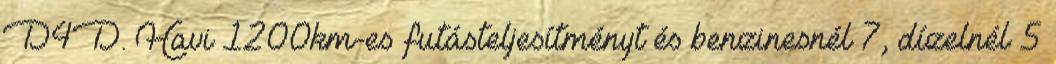
D4D. Havi 1200km-es futásteljesítményt és benzinesnél 7, dízelnél 5